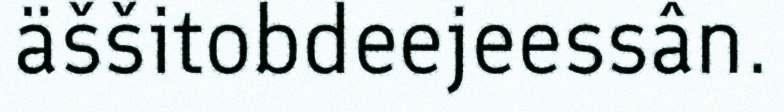
äššitobdeejeessân.